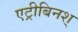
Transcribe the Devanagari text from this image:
एट्रीबिनश्